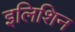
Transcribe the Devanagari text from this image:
इलिशिन